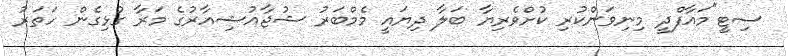
ސިޓީ"މައާފްދީ މިނިވަންކުރި ކުށްވެރިޔާ ބަލާ ދިޔައީ މެމްބަރު ޝުޖާއުޝިއާރުގެ މަރާ ގުޅިގެން ހަތަރު